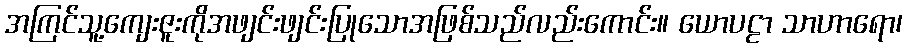
အကြင်သူ့ကျေးဇူးကိုအဖျင်းဖျင်းပြုသောအဖြစ်သည်လည်းကောင်း။ ယောပဠာ သာဟာရော၊